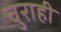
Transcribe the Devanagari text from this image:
चुराही